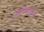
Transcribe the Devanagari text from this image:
कलण्यास